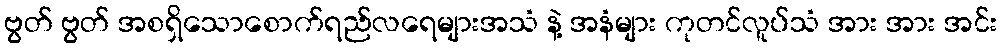
ဗွတ် ဗွတ် အစရှိသောစောက်ရည်လရေများအသံ နဲ့ အနံများ ကုတင်လူပ်သံ အား အား အင်း